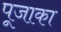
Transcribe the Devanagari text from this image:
पूजाका